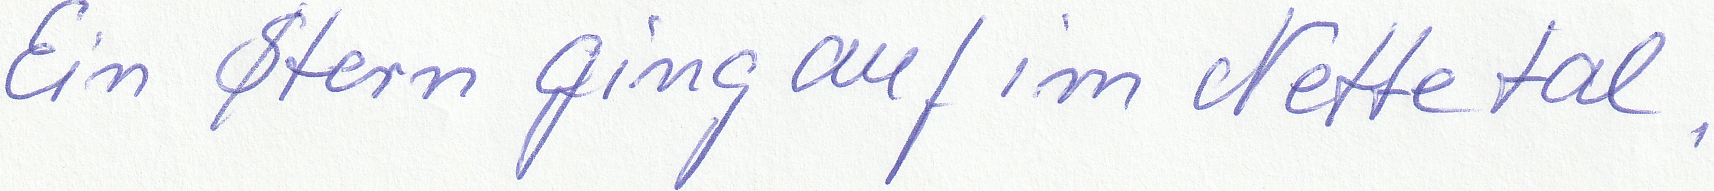
Ein Stern ging auf im Nettetal,